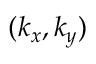
( k _ { x } , k _ { y } )